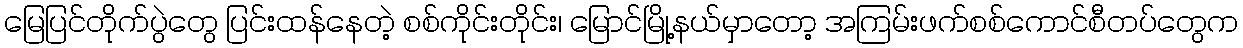
မြေပြင်တိုက်ပွဲတွေ ပြင်းထန်နေတဲ့ စစ်ကိုင်းတိုင်း၊ မြောင်မြို့နယ်မှာတော့ အကြမ်းဖက်စစ်ကောင်စီတပ်တွေက